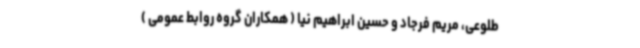
طلوعی، مریم فرجاد و حسین ابراهیم نیا ( همکاران گروه روابط عمومی )